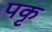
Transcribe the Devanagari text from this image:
पकृ